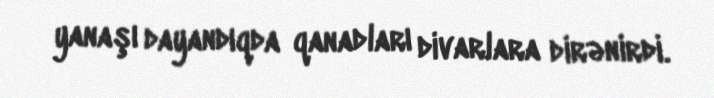
yanaşı dayandıqda qanadları divarlara dirənirdi.